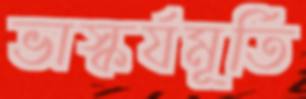
ভাস্কর্যমূর্তি